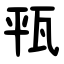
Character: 㼞